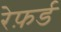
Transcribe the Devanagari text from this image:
रेफ़र्ड